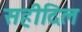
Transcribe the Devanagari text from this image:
सहीदिल